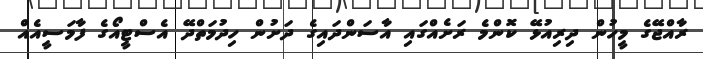
ރާއްޖޭގެ މީހުން ދިރިއުޅޭ ކޮންމެ ރަށެއްގައި އާސަންދައިގެ ދަށުން ހިދުމަތްދޭ އެސްޓީއޯގެ ފާމަސީއެއް